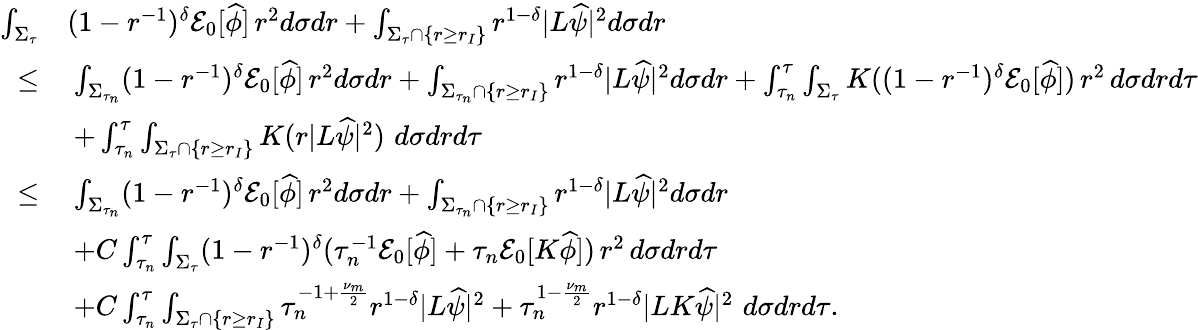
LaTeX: \begin{array}{rl}{\int_{\Sigma_{\tau}}}&{(1-r^{-1})^{\delta}\mathcal{E}_{0}[\widehat{\phi}]\, r^{2}d\sigma dr+\int_{\Sigma_{\tau}\cap\{ r\geq r_{I}\} }r^{1-\delta}|L\widehat{\psi}|^{2}d\sigma dr}\\ {\leq}&{\: \int_{\Sigma_{\tau_{n}}}(1-r^{-1})^{\delta}\mathcal{E}_{0}[\widehat{\phi}]\, r^{2}d\sigma dr+\int_{\Sigma_{\tau_{n}}\cap\{ r\geq r_{I}\} }r^{1-\delta}|L\widehat{\psi}|^{2}d\sigma dr+\int_{\tau_{n}}^{\tau}\int_{\Sigma_{\tau}}K((1-r^{-1})^{\delta}\mathcal{E}_{0}[\widehat{\phi}])\, r^{2}\, d\sigma drd\tau}\\ &{\: +\int_{\tau_{n}}^{\tau}\int_{\Sigma_{\tau}\cap\{ r\geq r_{I}\} }K(r|L\widehat{\psi}|^{2})\, \, d\sigma drd\tau}\\ {\leq}&{\: \int_{\Sigma_{\tau_{n}}}(1-r^{-1})^{\delta}\mathcal{E}_{0}[\widehat{\phi}]\, r^{2}d\sigma dr+\int_{\Sigma_{\tau_{n}}\cap\{ r\geq r_{I}\} }r^{1-\delta}|L\widehat{\psi}|^{2}d\sigma dr}\\ &{\: +C\int_{\tau_{n}}^{\tau}\int_{\Sigma_{\tau}}(1-r^{-1})^{\delta}(\tau_{n}^{-1}\mathcal{E}_{0}[\widehat{\phi}]+\tau_{n}\mathcal{E}_{0}[K\widehat{\phi}])\, r^{2}\, d\sigma drd\tau}\\ &{\: +C\int_{\tau_{n}}^{\tau}\int_{\Sigma_{\tau}\cap\{ r\geq r_{I}\} }\tau_{n}^{-1+\frac{\nu_{m}}{2}}r^{1-\delta}|L\widehat{\psi}|^{2}+\tau_{n}^{1-\frac{\nu_{m}}{2}}r^{1-\delta}|LK\widehat{\psi}|^{2}\, \, d\sigma drd\tau.}\end{array}